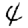
Digit: 4